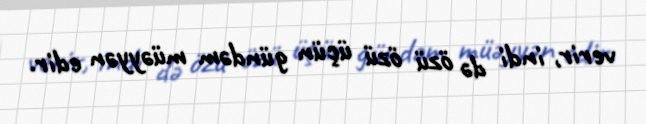
verir, indi də özü özü üçün gündəm müəyyən edir.